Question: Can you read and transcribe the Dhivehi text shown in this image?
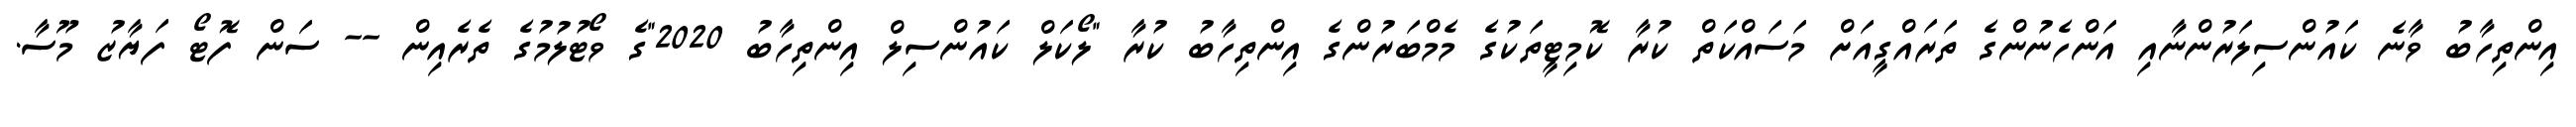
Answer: އިންތިހާބު ވާނެ ކައުންސިލަރުންނާއި އަންހެނުންގެ ތަރައްގީއަށް މަސައްކަތް ކުރާ ކޮމިޓީތަކުގެ މެމްބަރުންގެ އިންތިހާބު ކުރާ "ލޯކަލް ކައުންސިލް އިންތިހާބު 2020"ގެ ވޯޓުލުމުގެ ތެރެއިން -- ސަން ފޮޓޯ ފަޔާޒު މޫސާ.